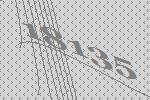
18135